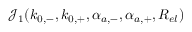
{ \mathcal { J } } _ { 1 } ( { k } _ { 0 , - } , { k } _ { 0 , + } , { \alpha } _ { a , - } , { \alpha } _ { a , + } , { R } _ { e l } )